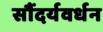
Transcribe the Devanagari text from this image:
सौंदर्यवर्धन